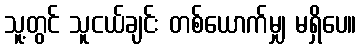
သူ့တွင် သူငယ်ချင်း တစ်ယောက်မျှ မရှိပေ။